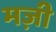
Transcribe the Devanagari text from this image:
मज़ी